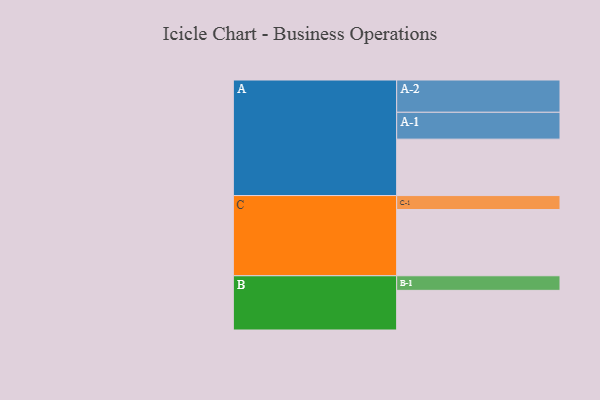
{"axis": {"x": "Segment", "y": "Value"}, "legend": ["", "A", "B", "C"], "data": [{"x": "A", "y": 437, "type": ""}, {"x": "B", "y": 307, "type": ""}, {"x": "C", "y": 513, "type": ""}, {"x": "A-1", "y": 208, "type": "A"}, {"x": "A-2", "y": 250, "type": "A"}, {"x": "B-1", "y": 113, "type": "B"}, {"x": "C-1", "y": 108, "type": "C"}]}